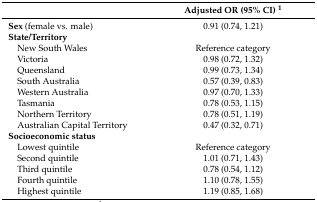
<table><thead><tr><td></td><td><b>Adjusted OR (95% CI) <sup>1</sup></b></td></tr></thead><tbody><tr><td><b>Sex</b> (female vs. male)</td><td>0.91 (0.74, 1.21)</td></tr><tr><td><b>State/Territory</b></td><td></td></tr><tr><td> New South Wales</td><td>Reference category</td></tr><tr><td> Victoria</td><td>0.98 (0.72, 1.32)</td></tr><tr><td> Queensland</td><td>0.99 (0.73, 1.34)</td></tr><tr><td> South Australia</td><td>0.57 (0.39, 0.83)</td></tr><tr><td> Western Australia</td><td>0.97 (0.70, 1.33)</td></tr><tr><td> Tasmania</td><td>0.78 (0.53, 1.15)</td></tr><tr><td> Northern Territory</td><td>0.78 (0.51, 1.19)</td></tr><tr><td> Australian Capital Territory</td><td>0.47 (0.32, 0.71)</td></tr><tr><td><b>Socioeconomic status</b></td><td></td></tr><tr><td> Lowest quintile</td><td>Reference category</td></tr><tr><td> Second quintile</td><td>1.01 (0.71, 1.43)</td></tr><tr><td> Third quintile</td><td>0.78 (0.54, 1.12)</td></tr><tr><td> Fourth quintile</td><td>1.10 (0.78, 1.55)</td></tr><tr><td> Highest quintile</td><td>1.19 (0.85, 1.68)</td></tr></tbody></table>